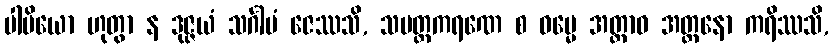
ပါပိယော ဟုတွာ န ဒုဇ္ဇယံ သင်္ဂါမံ ဇေဿသိ, သပတ္တကရဏေ စ ဓမ္မေ အတ္တာဝ အတ္တနော ကရိဿသိ,